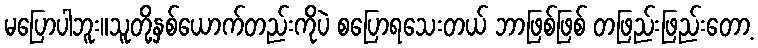
မပြောပါဘူး။သူတို့နှစ်ယောက်တည်းကိုပဲ စပြောရသေးတယ် ဘာဖြစ်ဖြစ် တဖြည်းဖြည်းတော့